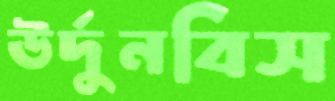
উর্দুনবিস